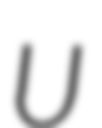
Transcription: U